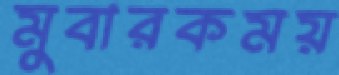
মুবারকময়